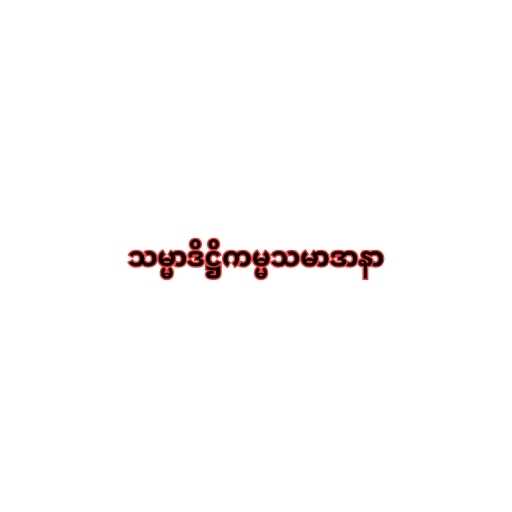
သမ္မာဒိဋ္ဌိကမ္မသမာဒာနာ